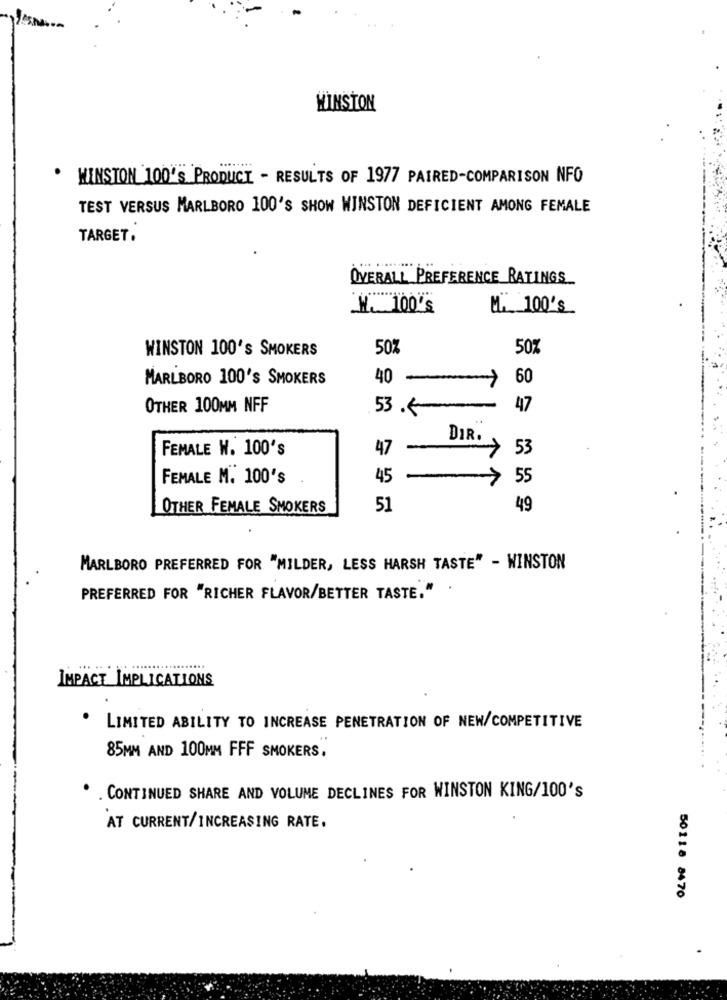
WINSTON
.
WINSTON 100'S PRODUCT - RESULTS OF 1977 PAIRED-COMPARISON NFO
TEST VERSUS MARLBORO 100'S SHOW WINSTON DEFICIENT AMONG FEMALE
TARGET.
OVERALL PREFERENCE RATINGS
M. 100's
M. 100's
WINSTON 100's SMOKERS
50%
50%
MARLBORO 100'S SMOKERS
40
-
60
OTHER 100MM NFF
53.
47
DIR.
FEMALE W. 100's
47
53
FEMALE M. 100's
45
-
55
OTHER FEMALE SMOKERS
51
49
MARLBORO PREFERRED FOR "MILDER, LESS HARSH TASTE" - WINSTON
PREFERRED FOR "RICHER FLAVOR/BETTER TASTE."
IMPACT IMPLICATIONS
LIMITED ABILITY TO INCREASE PENETRATION OF NEW/COMPETITIVE
85MM AND 100MM FFF SMOKERS.
. CONTINUED SHARE AND VOLUME DECLINES FOR WINSTON KING/100's
AT CURRENT/INCREASING RATE.
50118 8470